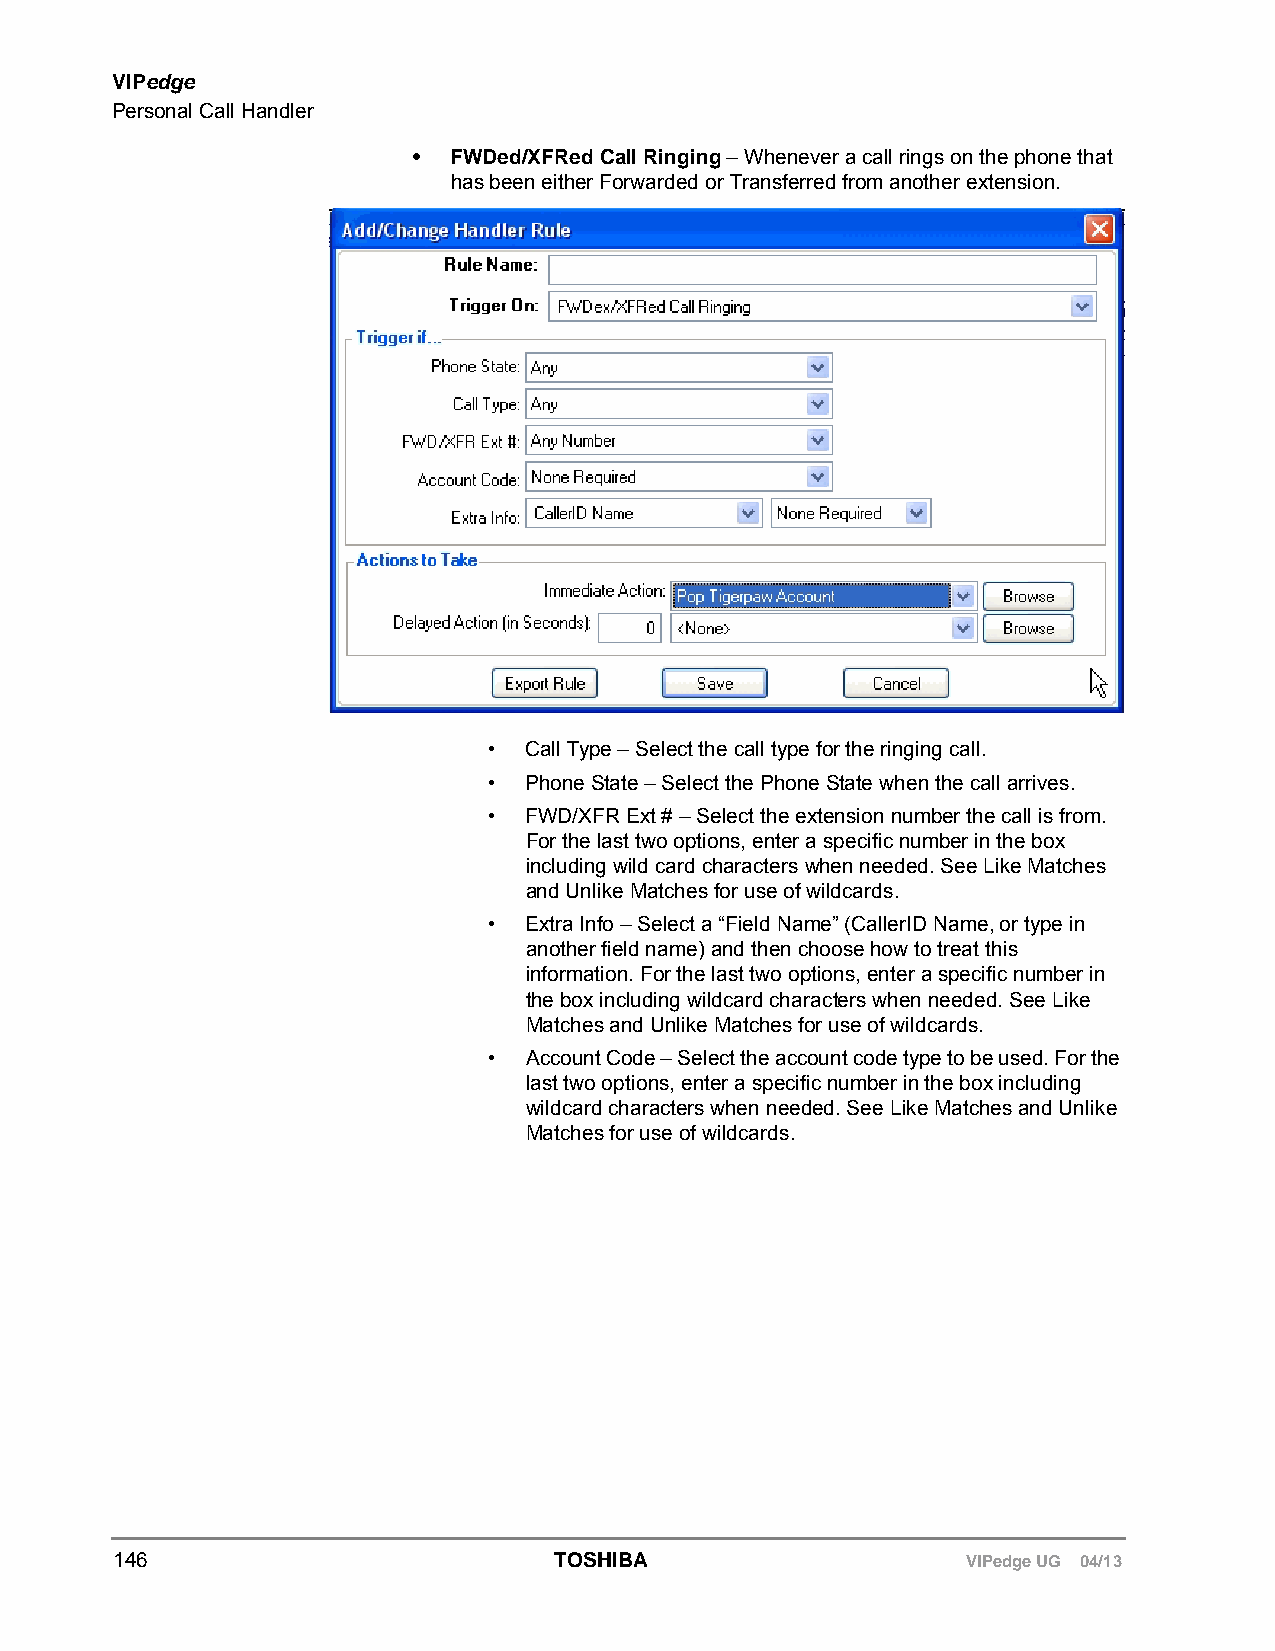
VIPedge
 Personal Call Handler
 •  FWDed/XFRed Call Ringing – Whenever a call rings on the phone that
 has been either Forwarded or Transferred from another extension.
 •  Call Type – Select the call type for the ringing call.
 •  Phone State – Select the Phone State when the call arrives.
 •  FWD/XFR Ext # – Select the extension number the call is from.
 For the last two options, enter a specific number in the box
 including wild card characters when needed. See Like Matches
 and Unlike Matches for use of wildcards.
 •  Extra Info – Select a “Field Name” (CallerID Name, or type in
 another field name) and then choose how to treat this
 information. For the last two options, enter a specific number in
 the box including wildcard characters when needed. See Like
 Matches and Unlike Matches for use of wildcards.
 •  Account Code – Select the account code type to be used. For the
 last two options, enter a specific number in the box including
 wildcard characters when needed. See Like Matches and Unlike
 Matches for use of wildcards.
 146                          TOSHIBA                    VIPedge UG 04/13